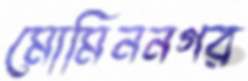
মোমিননগর